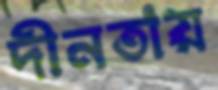
দীনতায়